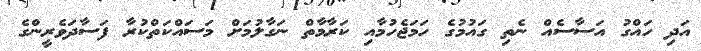
އަދި ހައްގު އަސާސެއް ނެތި ގައުމުގެ ހަމަޖެހުމާއި ކަރާމާތް ނަގާލުމަށް މަސައްކަތްކުރާ ފަސާދަވެރީންގެ